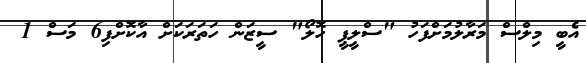
އެބީ މިލްސް މަރާލުމަށްފަހު "ސްލީޕީ ހޮލޯ" ސީޒަން ހަތަރަކަށް އާކޮށްފި6 މަސް 1